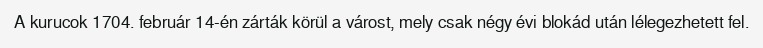
A kurucok 1704. február 14-én zárták körül a várost, mely csak négy évi blokád után lélegezhetett fel.